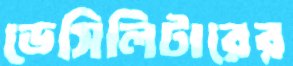
ডেসিলিটারের